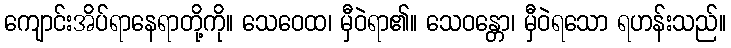
ကျောင်းအိပ်ရာနေရာတို့ကို။ သေဝေထ၊ မှီဝဲရာ၏။ သေဝန္တော၊ မှီဝဲရသော ရဟန်းသည်။